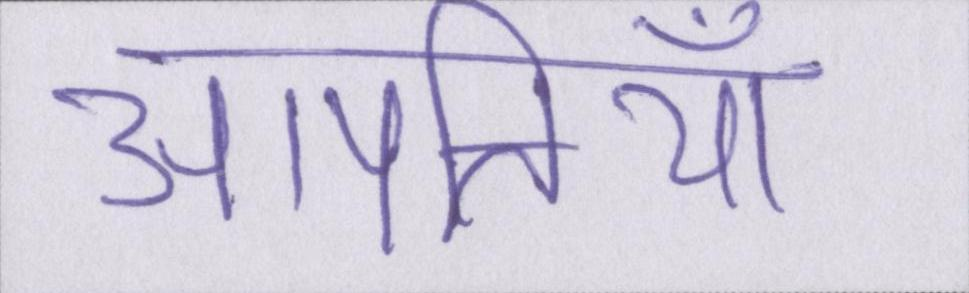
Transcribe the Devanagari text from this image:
आपत्तियाँ